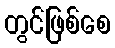
တွင်ဖြစ်စေ